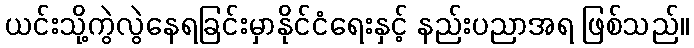
ယင်းသို့ကွဲလွဲနေရခြင်းမှာနိုင်ငံရေးနှင့် နည်းပညာအရ ဖြစ်သည်။